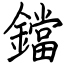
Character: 鐺